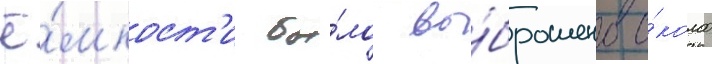
ё́мкост'и бы́ло вы́брошено о́коло